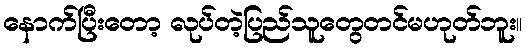
နောက်ပြီးတော့ လုပ်တဲ့ပြည်သူတွေတင်မဟုတ်ဘူး။